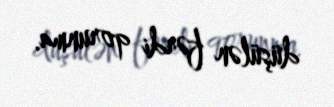
düşülən fərdi qorunma.